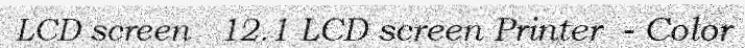
LCD screen   12.1 LCD screen Printer  - Color